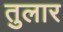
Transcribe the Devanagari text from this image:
तुलार